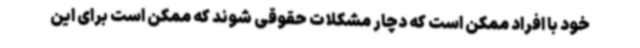
خود با افراد ممکن است که دچار مشکلات حقوقی شوند که ممکن است برای این